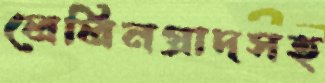
লেলিনগ্রাদসহ